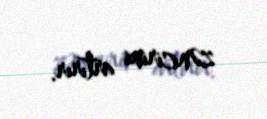
zəncirini artırır.